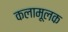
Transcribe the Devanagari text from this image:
कलामूलक